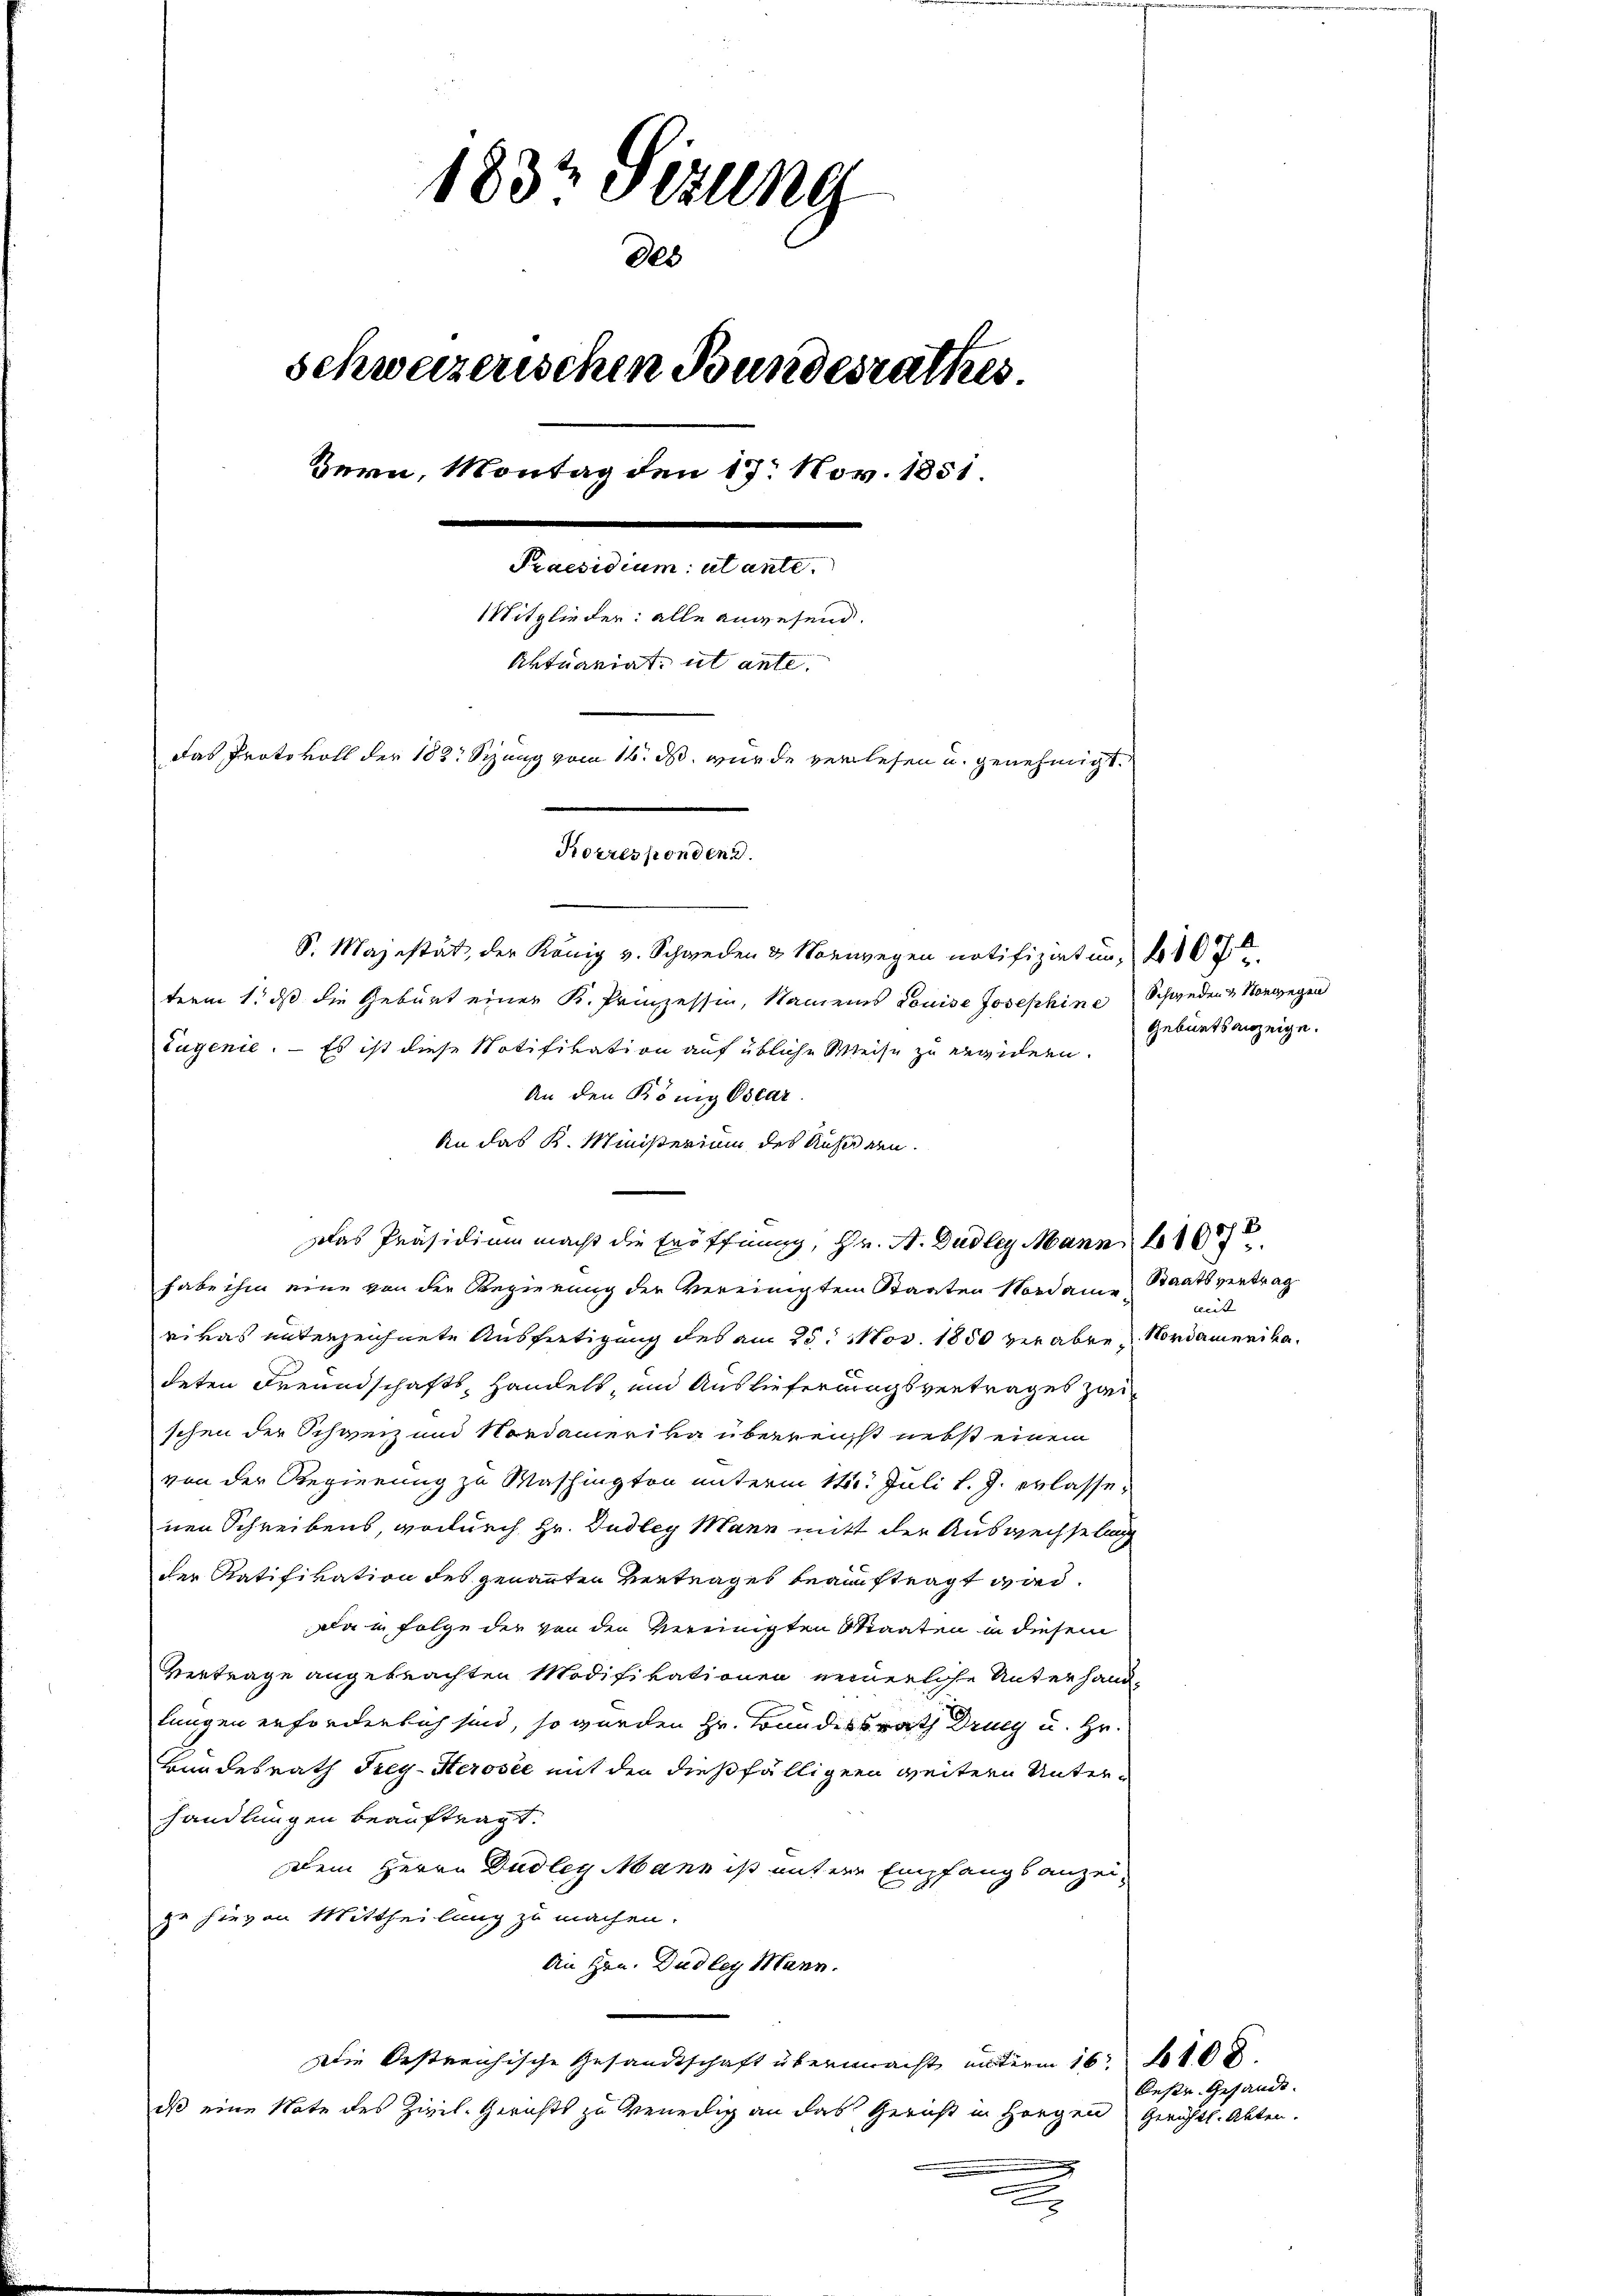
1832 Setzung
schweizerischen Bundesrathes
Bern, Montag den 17. Nov. 1851.
Praesidium utante.
Mitglieder: alle angesend.
Aktuariat, ut ante.
Das Protokoll der 182. Sizung vom 16. ds. wurde verlesen u. genehmigt.
Korresponden d.

des

S. Majestät, der König v. Schweden & Norwegen notifizirten, 407
term 1. ds die Geburt einer K. Prinzessin, Namens Louise Josephine Schweden & Vorwegen
Eugenie. — Es ist diese Notifikation auf übliche Weise zu erwidern.
An den König Oscar.
An das K. Ministerium des Aufenen.
Das Präsidium macht die Eröffnung, Hr. A. Dudley Mann 1687
habe ihm eine von der Regierung der vereinigten Staaten Nordame Staatsvertrag
rikas unterzeichnete Ausfertigung des am 25. Nov. 1850 verabre Nordamerikadeten Freundschafts Handels, und Auslieferungsvertrages zur
schen der Schanz und Nordamerika überreichst nebst einem
von der Regierung zu Waschington unterm 11te͇n Juli l. J. erlasse-
nen Schreibens, wodurch Hr. Dudley Mann mitt der Auswechselg
der Ratifikation des genannten Vertrages beauftragt wird.
Da in Folge der von den vereinigten Staaten in diesem
Vertrage angebrachten Modifikationen nennerliche Unterhandlungen erforderlich sind, so wurden Hr. Bundesrath Drung u. Hr.
Bundesrath Frey-Herosee mit den dießfälligen weitern Unterhandlungen beauftragt.
Dem Herrn Dudley Mann ist untere Empfangsanzeige hievon Mittheilung zu machen.
An Hrn. Dudley Mann.
Die bestreichische Gesandtschaft übermacht unterm 16. 108.
dß eine Note des Zivil-Gerichts zu venedig an das Gericht in Horgen Gerichts. Akten.
.
c

Geburtsanzeige.

mitt

beser Gesandt.